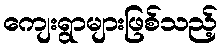
ကျေးရွာများဖြစ်သည့်